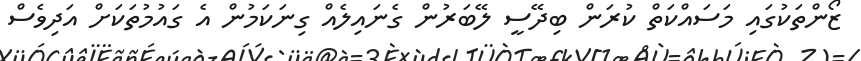
ޒޯންތަކުގައި މަސައްކަތް ކުރަން ބިދޭސީ ލޭބަރުން ގެނައިލެއް ގިނަކަމުން އެ ގައުމުތަކަށް އަދިވެސް